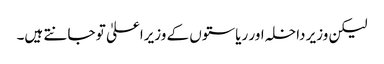
لیکن وزیر داخلہ اور ریاستوں کے وزیراعلیٰ تو جانتے ہیں۔